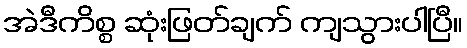
အဲဒီကိစ္စ ဆုံးဖြတ်ချက် ကျသွားပါပြီ။